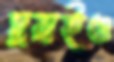
ঘুরাইও